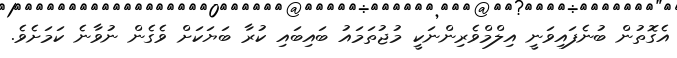
އެގޮތުން ބުނެފައިވަނީ އިލްމްވެރިންނަކީ މުޖުތަމައު ބައިބައި ކުރާ ބަޔަކަށް ވެގެން ނުވާނެ ކަމަށެެވެ.